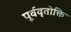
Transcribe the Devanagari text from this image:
पूर्ववृतोक्ति